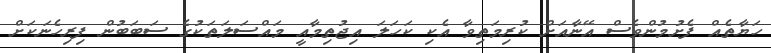
ހަޔާތެއް ފެށުމުންވެސް އޭނާއަށް ކުރިމަތިވާ އެކި ކަހަލަ އިޖުތިމާއީ މައްސަލަތަކުގެ ސަބަބުން ފިރިހެނަކަށް